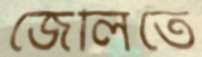
জেলিতে